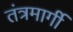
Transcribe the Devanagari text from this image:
तंत्रमार्गी